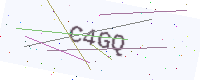
Text: C4GQ